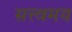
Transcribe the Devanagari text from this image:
सत्त्वमय